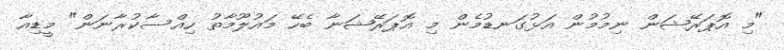
"މި އޮޕަރޭޝަން ނިމުމުން އަޅުގަނޑުމެން މި އޮޕަރޭޝަނާ ބެހޭ މައުލޫމާތު ހިއްސާކުރާނަން" މީޑިއާ